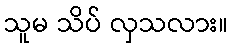
သူမ သိပ် လှသလား။